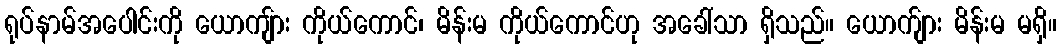
ရုပ်နာမ်အပေါင်းကို ယောကျ်ား ကိုယ်ကောင်၊ မိန်းမ ကိုယ်ကောင်ဟု အခေါ်သာ ရှိသည်။ ယောက်ျား မိန်းမ မရှိ။